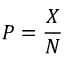
P = { \frac { X } { N } }